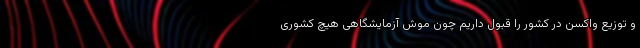
و توزیع واکسن در کشور را قبول داریم چون موش آزمایشگاهی هیچ کشوری